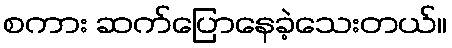
စကား ဆက်ပြောနေခဲ့သေးတယ်။